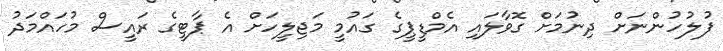
ފުލުހުންނަށް ދިނުމަށް ގޮވާލައި އެމްޑީޕީގެ ގައުމީ މަޖިލީހަށް އެ ޕާޓީގެ ރައީސް މުހައްމަދު